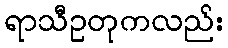
ရာသီဥတုကလည်း